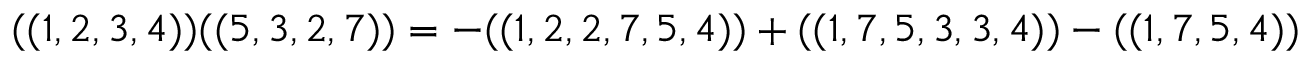
( ( 1 , 2 , 3 , 4 ) ) ( ( 5 , 3 , 2 , 7 ) ) = - ( ( 1 , 2 , 2 , 7 , 5 , 4 ) ) + ( ( 1 , 7 , 5 , 3 , 3 , 4 ) ) - ( ( 1 , 7 , 5 , 4 ) )